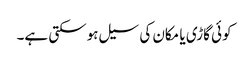
کوئی گاڑی یا مکان کی سیل ہوسکتی ہے۔